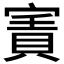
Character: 𡪓